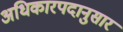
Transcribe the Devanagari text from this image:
अधिकारपदानुसार